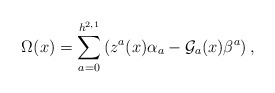
\begin{align*}\Omega(x)=\sum^{h^{2,1}}_{a=0}\left(z^a(x)\alpha_a-{\cal G}_a(x) \beta^a\right),\end{align*}